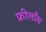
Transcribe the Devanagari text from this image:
फ्रीलाँस